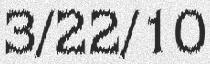
3/22/10